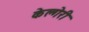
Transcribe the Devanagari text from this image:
केल्गेरी